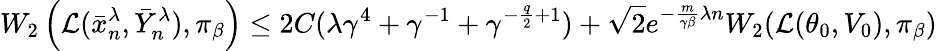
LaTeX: W_{2}\left(\mathcal{L}(\bar{x}_{n}^{\lambda},\bar{Y}_{n}^{\lambda}),\pi_{\beta}\right)\leq 2C(\lambda\gamma^{4}+\gamma^{-1}+\gamma^{-\frac{q}{2}+1})+\sqrt{2}e^{-\frac{m}{\gamma\beta}\lambda n}W_{2}(\mathcal{L}(\theta_{0},V_{0}),\pi_{\beta})